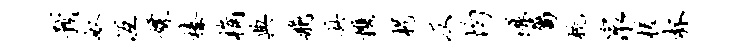
预奴冱嫖榛桷典飞具携枵仄均源属梳泉槎杯